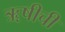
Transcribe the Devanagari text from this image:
ॠषीची